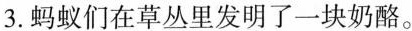
3.蚂蚁们在草丛里发明了一块奶酪。